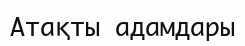
Атақты адамдары